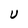
Character: U